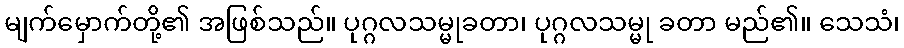
မျက်မှောက်တို့၏ အဖြစ်သည်။ ပုဂ္ဂလသမ္မုခတာ၊ ပုဂ္ဂလသမ္မု ခတာ မည်၏။ သေသံ၊